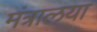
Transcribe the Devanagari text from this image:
मंत्रालया